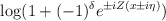
\begin{align*}\log (1+(-1)^{\delta }e^{\pm iZ(x\pm i\eta )})\end{align*}